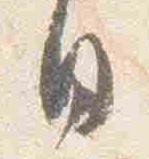
日